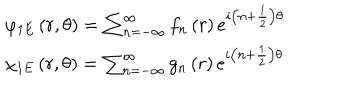
\begin{array} { l } { { \varphi _ { 1 E } \left( r , \theta \right) = \sum _ { n = - \infty } ^ { \infty } f _ { n } \left( r \right) e ^ { i \left( n + \frac { 1 } { 2 } \right) \theta } } } \\ { { \chi _ { 1 E } \left( r , \theta \right) = \sum _ { n = - \infty } ^ { \infty } g _ { n } \left( r \right) e ^ { i \left( n + \frac { 1 } { 2 } \right) \theta } } } \\ \end{array}